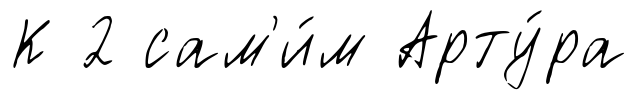
К 2 сам'и́м Арту́ра